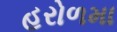
હરોળમા